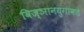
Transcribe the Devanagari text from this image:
विज्ञानयुगाकडे